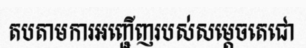
តបតាមការអញ្ជើញរបស់សម្តេចតេជោ